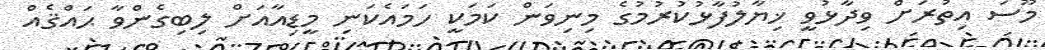
މޫސަ އިތުރަށް ވިދާޅުވީ ޚިޔާލުފާޅުކުރުމުގެ މިނިވަން ކަމަކީ ހަމައެކަނި މީޑިއާއަށް ލިބިގެންވާ ޙައްޤެއް